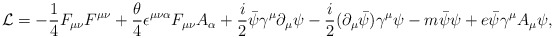
\begin{align*}{\cal L} = -\frac{1}{4}F_{\mu\nu}F^{\mu\nu}+\frac{\theta}{4}\epsilon^{\mu\nu\alpha}F_{\mu\nu}A_{\alpha}+\frac{i}{2}\bar{\psi}\gamma^{\mu}\partial_{\mu}\psi-\frac{i}{2}(\partial_{\mu}\bar{\psi})\gamma^{\mu}\psi-m\bar{\psi}\psi+e\bar{\psi}\gamma^{\mu}A_{\mu}\psi ,\end{align*}